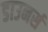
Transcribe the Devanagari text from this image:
डाउनर्स